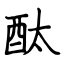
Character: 酞